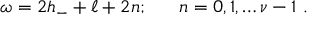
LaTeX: \omega = 2 h _ { - } + \ell + 2 n ; \ \ \ \ \ n = 0 , 1 , \ldots \nu - 1 \ .